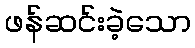
ဖန်ဆင်းခဲ့သော